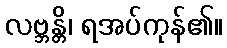
လဗ္ဘန္တိ၊ ရအပ်ကုန်၏။